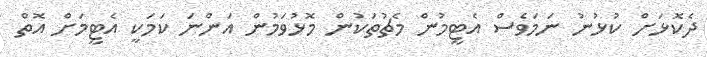
ދެކޮޅަށް ކުޅުނު ނަމަވެސް އެޓީމުން މެޗުތަކުން މޮޅުވަމުން އަންނަ ކަމަކީ އެޓީމަށް އޮތް